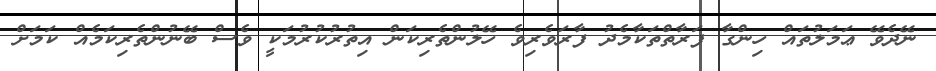
ނޭދެވޭ ޢަމަލުތައް ހިންގާ ފަރާތްތަކާމެދު ފާރަވެރިވެ ހޭލުންތެރިކަން އިތުރުކުރުމަކީ ވެސް ބޭނުންތެރިކަމެއް ކަމަށް